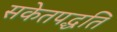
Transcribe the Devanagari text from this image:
सकेतपद्धति